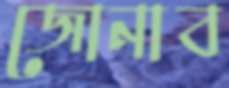
জোনাব